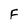
Character: F